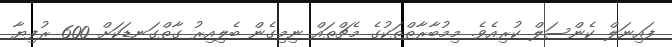
ފައިނަލް ކެންސަލް ކުރިއެވެ. މިމުބާރާތްތަކުގެ މެޗްތައް ނިމިގެން ބެލިއިރު ގާތްގަނޑަކަށް 600 ރުފިޔާ